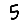
Digit: 5